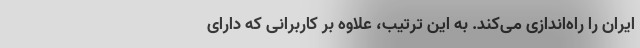
ایران را راه‌اندازی می‌کند. به این ترتیب، علاوه بر کاربرانی که دارای